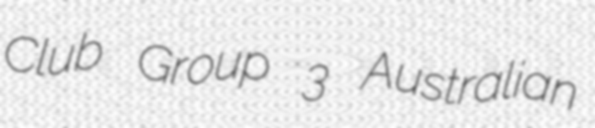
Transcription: Club Group 3 Australian